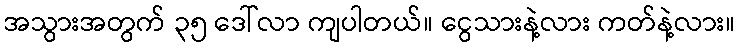
အသွားအတွက် ၃၅ ဒေါ်လာ ကျပါတယ်။ ငွေသားနဲ့လား ကတ်နဲ့လား။